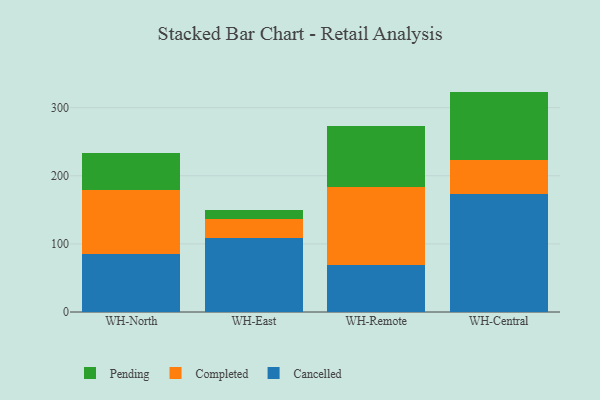
{"axis": {"x": "Warehouse", "y": "Conversion Rate (%)"}, "legend": ["Cancelled", "Completed", "Pending"], "data": [{"x": "WH-North", "y": 85.7, "type": "Cancelled"}, {"x": "WH-North", "y": 93.5, "type": "Completed"}, {"x": "WH-North", "y": 54.5, "type": "Pending"}, {"x": "WH-East", "y": 108.0, "type": "Cancelled"}, {"x": "WH-East", "y": 28.5, "type": "Completed"}, {"x": "WH-East", "y": 12.7, "type": "Pending"}, {"x": "WH-Remote", "y": 68.6, "type": "Cancelled"}, {"x": "WH-Remote", "y": 114.7, "type": "Completed"}, {"x": "WH-Remote", "y": 89.9, "type": "Pending"}, {"x": "WH-Central", "y": 173.9, "type": "Cancelled"}, {"x": "WH-Central", "y": 49.2, "type": "Completed"}, {"x": "WH-Central", "y": 100.4, "type": "Pending"}]}